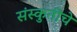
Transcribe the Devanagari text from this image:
संस्कुतीचे